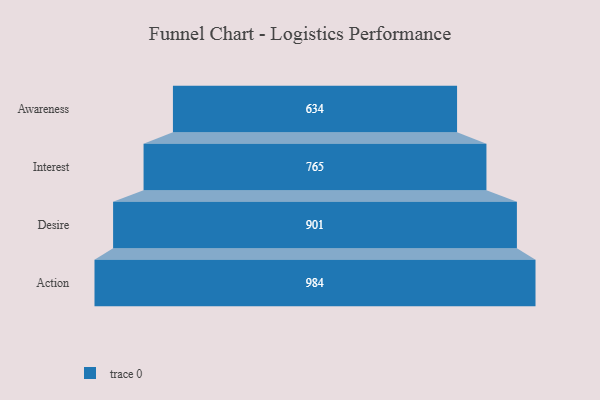
{"axis": {"x": "Stage", "y": "Value"}, "legend": [""], "data": [{"x": "Awareness", "y": 634.0, "type": ""}, {"x": "Interest", "y": 765.0, "type": ""}, {"x": "Desire", "y": 901.0, "type": ""}, {"x": "Action", "y": 984.0, "type": ""}]}